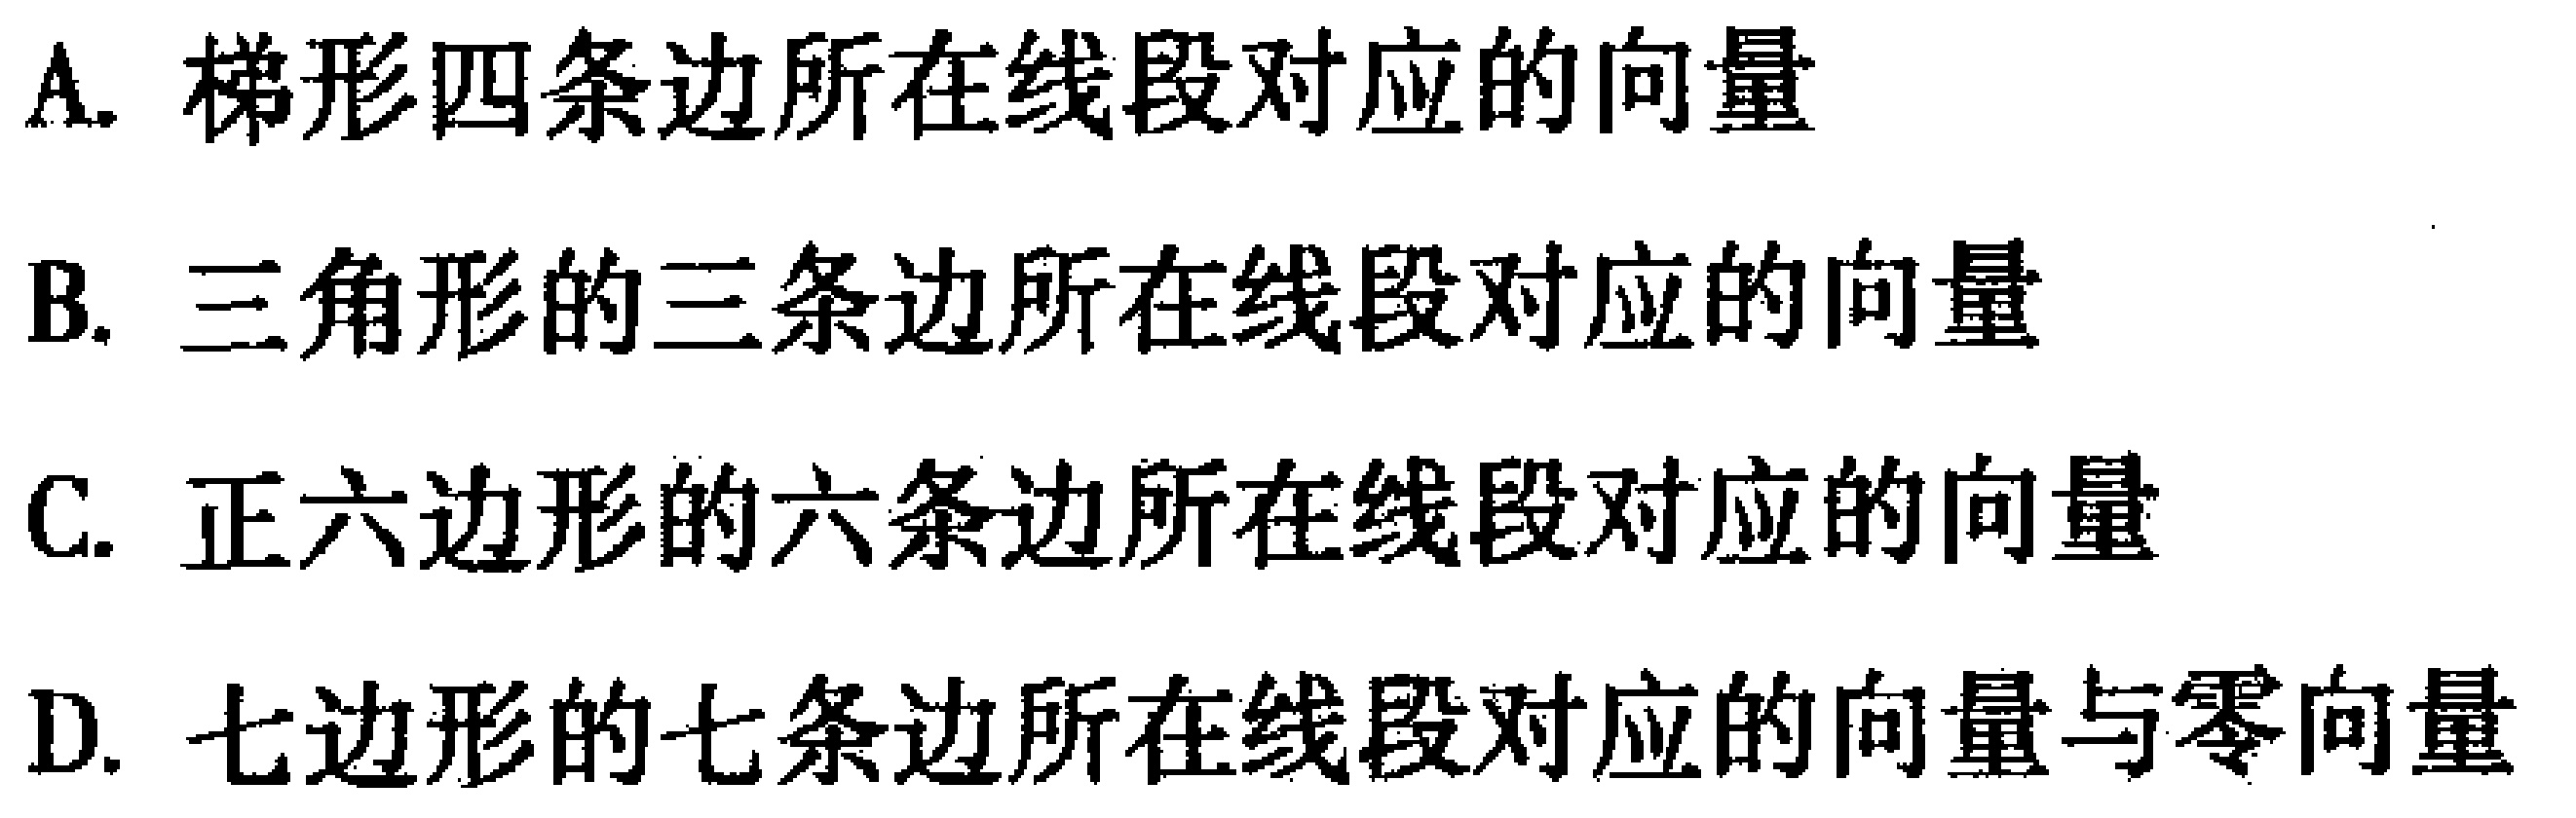
A. 梯形四条边所在线段对应的向量
B. 三角形的三条边所在线段对应的向量
C. 正六边形的六条边所在线段对应的向量
D. 七边形的七条边所在线段对应的向量与零向量